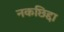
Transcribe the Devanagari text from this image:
नकछिद्दा